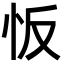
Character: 㤆